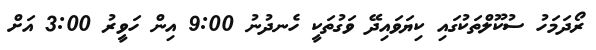
ރޯދަމަހު ސުކޫލްތަކުގައި ކިޔަވައިދޭ ވަގުތަކީ ހެނދުނު 9:00 އިން ހަވީރު 3:00 އަށް